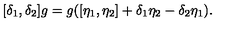
[ \delta _ { 1 } , \delta _ { 2 } ] g = g ( [ \eta _ { 1 } , \eta _ { 2 } ] + \delta _ { 1 } \eta _ { 2 } - \delta _ { 2 } \eta _ { 1 } ) .